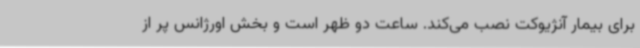
برای بیمار آنژیوکت نصب می‌کند. ساعت دو ظهر است و بخش اورژانس پر از